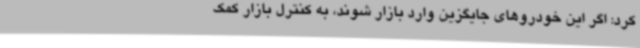
کرد: اگر این خودروهای جایگزین وارد بازار شوند، به کنترل بازار کمک